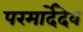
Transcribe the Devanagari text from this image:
परमार्देदेव